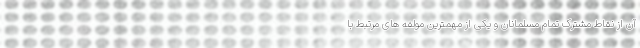
آن از نقاط مشترک تمام مسلمانان و یکی از مهمترین مولفه های مرتبط با